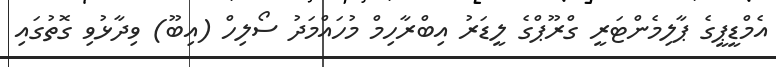
އެމްޑީޕީގެ ޕާލިމެންޓަރީ ގްރޫޕްގެ ލީޑަރު އިބްރާހިމް މުހައްމަދު ސޯލިހް (އިބޫ) ވިދާޅުވި ގޮތުގައި